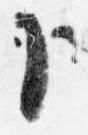
卜